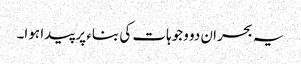
یہ بحران دو وجوہات کی بناء پر پیدا ہوا۔